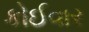
કોઈવાર